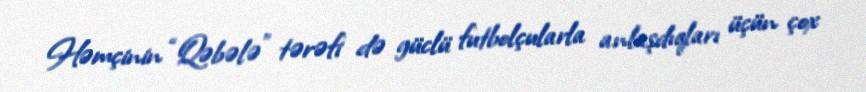
Həmçinin “Qəbələ” tərəfi də güclü futbolçularla anlaşdıqları üçün çox